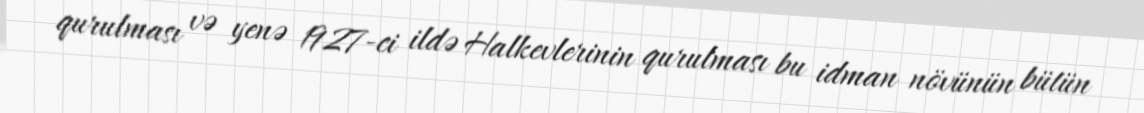
qurulması və yenə 1927-ci ildə Halkevlerinin qurulması bu idman növünün bütün